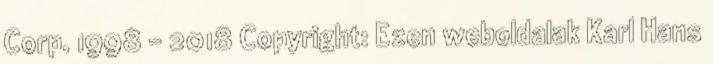
Corp. 1998 - 2018 Copyright: Ezen weboldalak Karl Hans